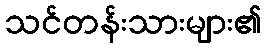
သင်တန်းသားများ၏